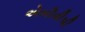
એબીવીપી